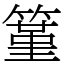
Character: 䈽